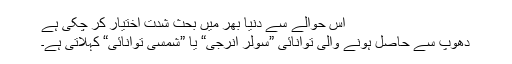
اس حوالے سے دنیا بھر میں بحث شدت اختیار کر چکی ہے
دھوپ سے حاصل ہونے والی توانائی ”سولر انرجی“ یا ”شمسی توانائی“ کہلاتی ہے۔